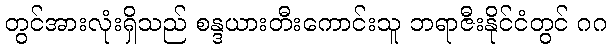
တွင်အားလုံးရှိသည် စန္ဒယားတီးကောင်းသူ ဘရာဇီးနိုင်ငံတွင် ဂဂ